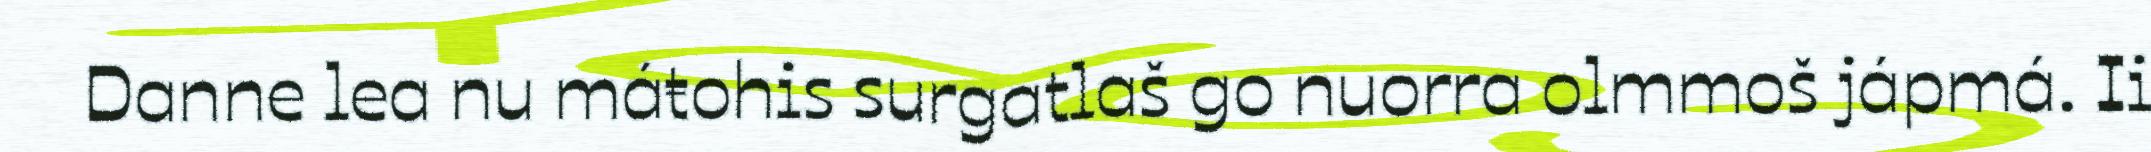
Danne lea nu máŧohis surgatlaš go nuorra olmmoš jápmá. Ii